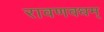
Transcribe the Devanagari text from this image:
रावणवधम्